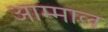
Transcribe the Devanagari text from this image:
आम्माल